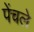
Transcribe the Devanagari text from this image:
पेंचले